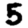
Digit: 5